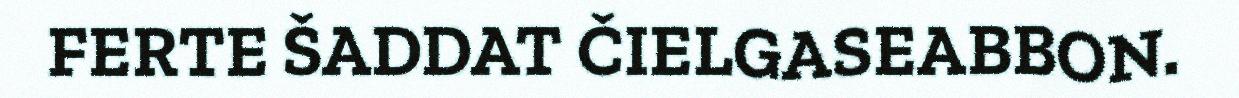
FERTE ŠADDAT ČIELGASEABBON.